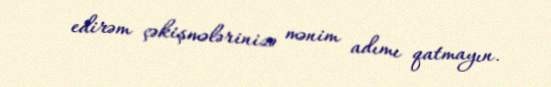
edirəm çəkişmələrinizə mənim adımı qatmayın.